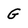
Character: G